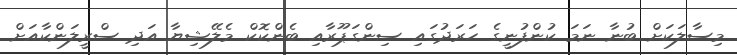
މިސާލަކަށް ބުނާ ނަމަ ކުންފުނީގެ ހަރަދުގައި ސިންގަޕޫރާއި ބެންކޮކް މެލޭޝިޔާ އަދި ސްރީލަންކާއަށް